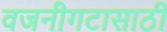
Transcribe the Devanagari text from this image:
वजनीगटासाठी